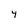
Character: 4